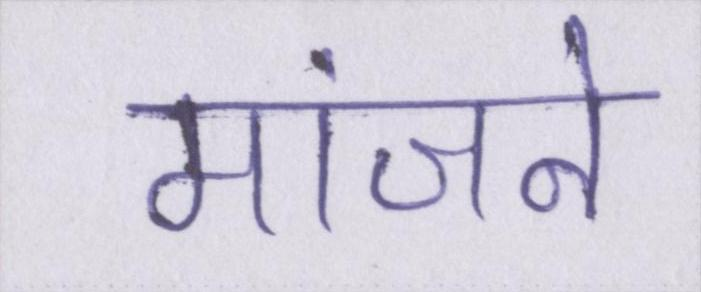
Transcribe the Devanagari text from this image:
मांजने